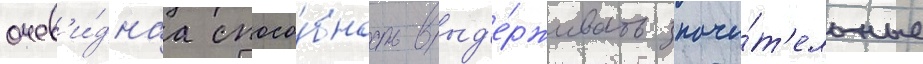
очев'и́днаа спосо́бность выд'е́рживать значи́т'ельные